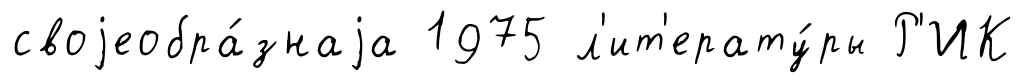
своjеобра́знаjа 1975 л'ит'ерату́ры Р'ИК